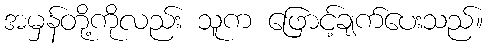
အမှန်တို့ကိုလည်း သူက ဖြောင့်ချက်ပေးသည်။